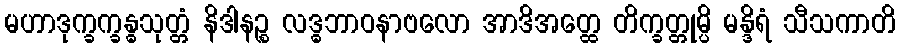
မဟာဒုက္ခက္ခန္ဓသုတ္တံ နိဒါနဉ္စ လဒ္ဓဘာဝနာဗလော အာဒိအတ္ထေ တိက္ခတ္တုမ္ပိ မန္ဒိရံ သီသကာတိ